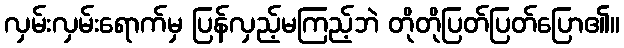
လှမ်းလှမ်းရောက်မှ ပြန်လှည့်မကြည့်ဘဲ တိုတိုပြတ်ပြတ်ပြော၏။